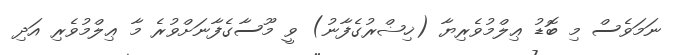
ނަމަވެސް މި ބޮޑު ޢިލްމުވެރިޔާ (ޚިޟްރުގެފާނު) ވީ މޫސާގެފާނަށްވުރެ މާ ޢިލްމުވެރި އަދި